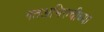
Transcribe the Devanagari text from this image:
गतअभिरुचीच्या